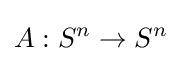
A:S^{n}\to S^{n}